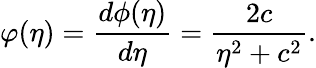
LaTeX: \varphi(\eta)=\frac{d\phi(\eta)}{d\eta}=\frac{2c}{\eta^{2}+c^{2}}.